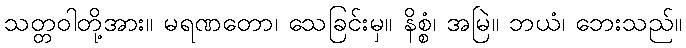
သတ္တဝါတို့အား။ မရဏတော၊ သေခြင်းမှ။ နိစ္စံ၊ အမြဲ။ ဘယံ၊ ဘေးသည်။